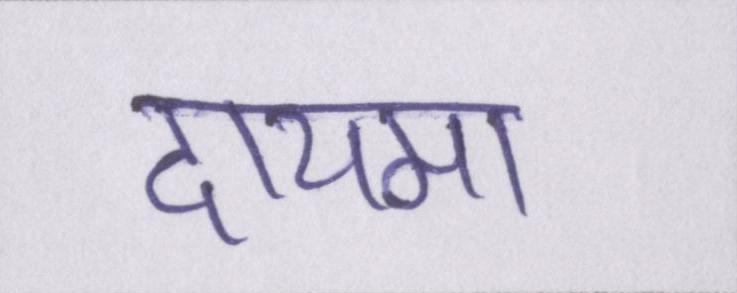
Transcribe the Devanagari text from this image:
दायमा